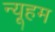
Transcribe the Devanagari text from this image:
न्यूहम